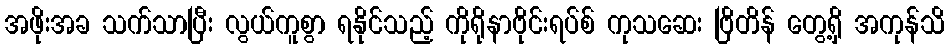
အဖိုးအခ သက်သာပြီး လွယ်ကူစွာ ရနိုင်သည့် ကိုရိုနာဗိုင်းရပ်စ် ကုသဆေး ဗြိတိန် တွေ့ရှိ အကုန်သိ